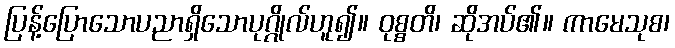
ပြန့်ပြောသောပညာရှိသောပုဂ္ဂိုလ်ဟူ၍။ ဝုစ္စတိ၊ ဆိုအပ်၏။ ကာမေသုစ၊